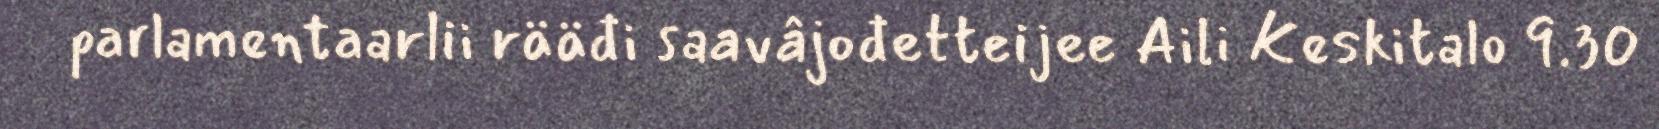
parlamentaarlii rääđi saavâjođetteijee Aili Keskitalo 9.30